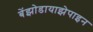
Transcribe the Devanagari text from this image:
बेंझोडायाझेपाइन